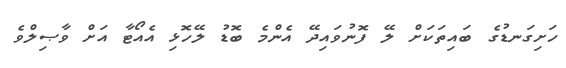
ހަށިގަނޑުގެ ބައިތަކަށް ލޭ ފޮނުވައިދޭ އެންމެ ބޮޑު ލޭހޮޅި އެއޯޓާ އަށް ވާޞިލްވެ